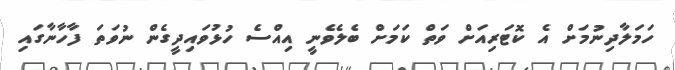
ހަމަލާދިނުމަށް އެ ކޮޓަރިއަށް ވަތް ކަމަށް ބެލެވެނީ އިއްސެ ހުޅުވައިދީގެން ނުވަތަ ފާހާނާގައި